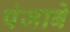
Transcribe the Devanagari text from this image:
पंजाबे